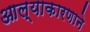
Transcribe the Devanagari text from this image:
आल्याकारणाने